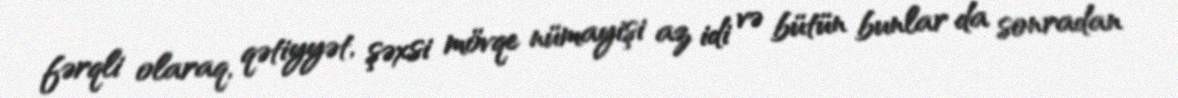
fərqli olaraq, qətiyyət, şəxsi mövqe nümayişi az idi və bütün bunlar da sonradan